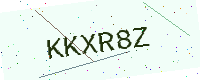
Text: KKXR8Z